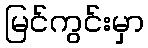
မြင်ကွင်းမှာ